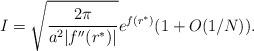
LaTeX: \begin{align*}I = \sqrt{\frac{2\pi}{a^2|f''(r^{*})|}} e^{f(r^{*})} (1 + O(1/N)).\end{align*}